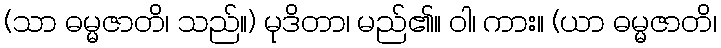
(သာ ဓမ္မဇာတိ၊ သည်။) မုဒိတာ၊ မည်၏။ ဝါ၊ ကား။ (ယာ ဓမ္မဇာတိ၊